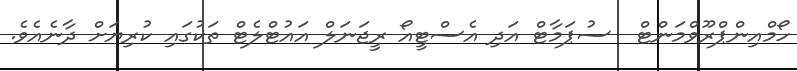
ހޯމްއިންޕްރޫވްމަންޓް  ސުޕަމާޓް އަދި އެސްޓީއޯ ރީޖަނަލް އައުޓްލެޓް ތަކުގައި ކުރިޔަށް ދާނެއެވެ.